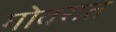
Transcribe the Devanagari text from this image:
गोवरात